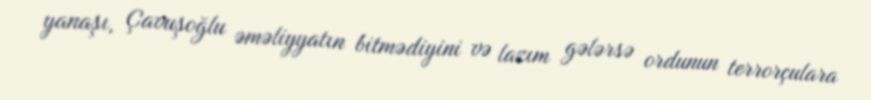
yanaşı, Çavuşoğlu əməliyyatın bitmədiyini və lazım gələrsə ordunun terrorçulara